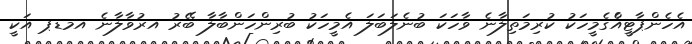
އެހެންޕާޓީއެްގެމީހަކު ކުރިމަތިލާނެ ވާހަކަ ބުނެލަބަލަ އެމީހަކު ބުރިންހަންބާލާ ބޭރު އރުވާލާނެ އމޑޕ އަކީ